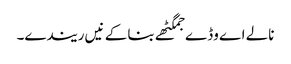
نالے اے وڈے جمگٹھے بنا کے نیں ریندے۔